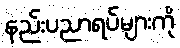
နည်းပညာရပ်များကို